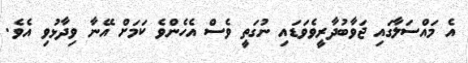
އެ މައްސަލާގައި ޖަވާބުދާރީވެވަޑައި ނުގަތީ ވެސް އެހެންވެ ކަމަށް އޭނާ ވިދާޅުވި އެވެ.